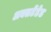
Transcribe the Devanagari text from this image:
अक्सटेंडेड